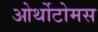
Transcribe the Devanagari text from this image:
ओर्थोटोमस